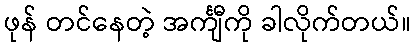
ဖုန် တင်နေတဲ့ အင်္ကျီကို ခါလိုက်တယ်။